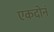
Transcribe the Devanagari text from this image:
एकदोनं